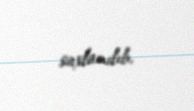
saxlanılıb.